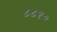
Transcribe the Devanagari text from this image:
८८१०